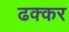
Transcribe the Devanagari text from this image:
ढक्कर